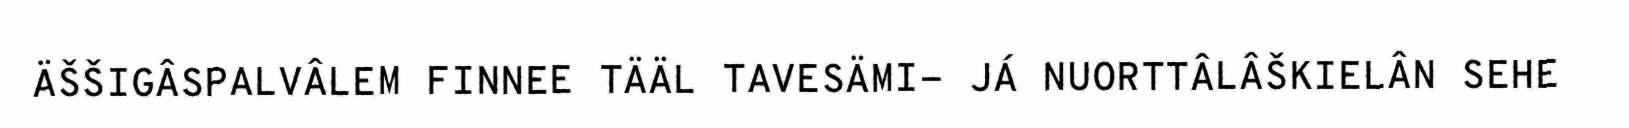
ÄŠŠIGÂSPALVÂLEM FINNEE TÄÄL TAVESÄMI- JÁ NUORTTÂLÂŠKIELÂN SEHE